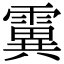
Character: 霬